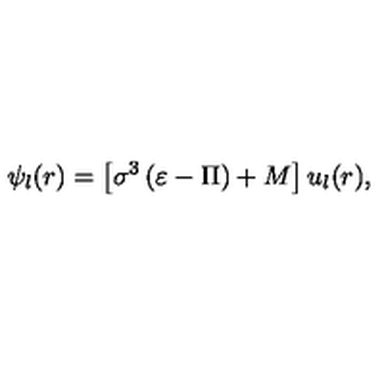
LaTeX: \psi _ { l } ( r ) = \left[ \sigma ^ { 3 } \left( \varepsilon - \Pi \right) + M \right] u _ { l } ( r ) ,